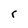
Character: r